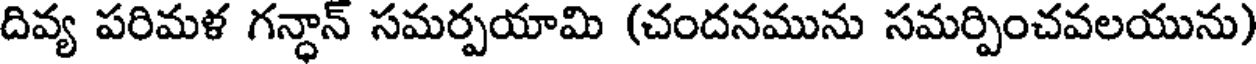
దివ్య పరిమళ గన్ధాన్ సమర్పయామి (చందనమును సమర్పించవలయును)